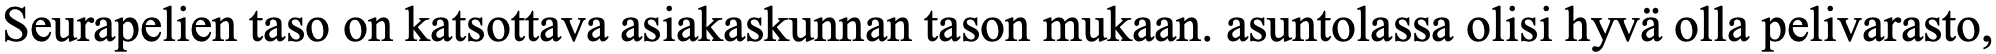
Seurapelien taso on katsottava asiakaskunnan tason mukaan. asuntolassa olisi hyvä olla pelivarasto,